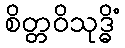
စိတ္တဝိသုဒ္ဓိံ